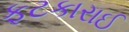
ફટકારાઈ